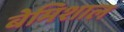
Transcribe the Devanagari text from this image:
बेमिशाल